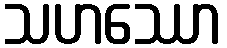
သဟဿော